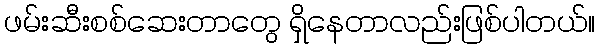
ဖမ်းဆီးစစ်ဆေးတာတွေ ရှိနေတာလည်းဖြစ်ပါတယ်။